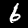
Digit: 6